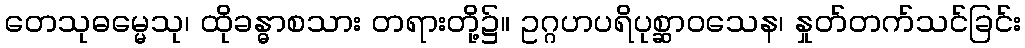
တေသုဓမ္မေသု၊ ထိုခန္ဓာစသား တရားတို့၌။ ဥဂ္ဂဟပရိပုစ္ဆာဝသေန၊ နှုတ်တက်သင်ခြင်း